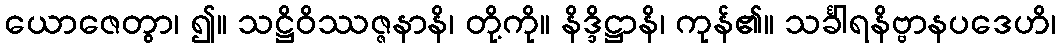
ယောဇေတွာ၊ ၍။ သဋ္ဌိဝိဿဇ္ဇနာနိ၊ တို့ကို။ နိဒ္ဒိဋ္ဌာနိ၊ ကုန်၏။ သင်္ခါရနိဗ္ဗာနပဒေဟိ၊